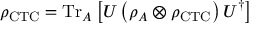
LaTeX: \rho _ { \mathrm { C T C } } = { \mathrm { T r } } _ { A } \left[ U \left( \rho _ { A } \otimes \rho _ { \mathrm { C T C } } \right) U ^ { \dagger } \right]